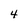
Character: 4